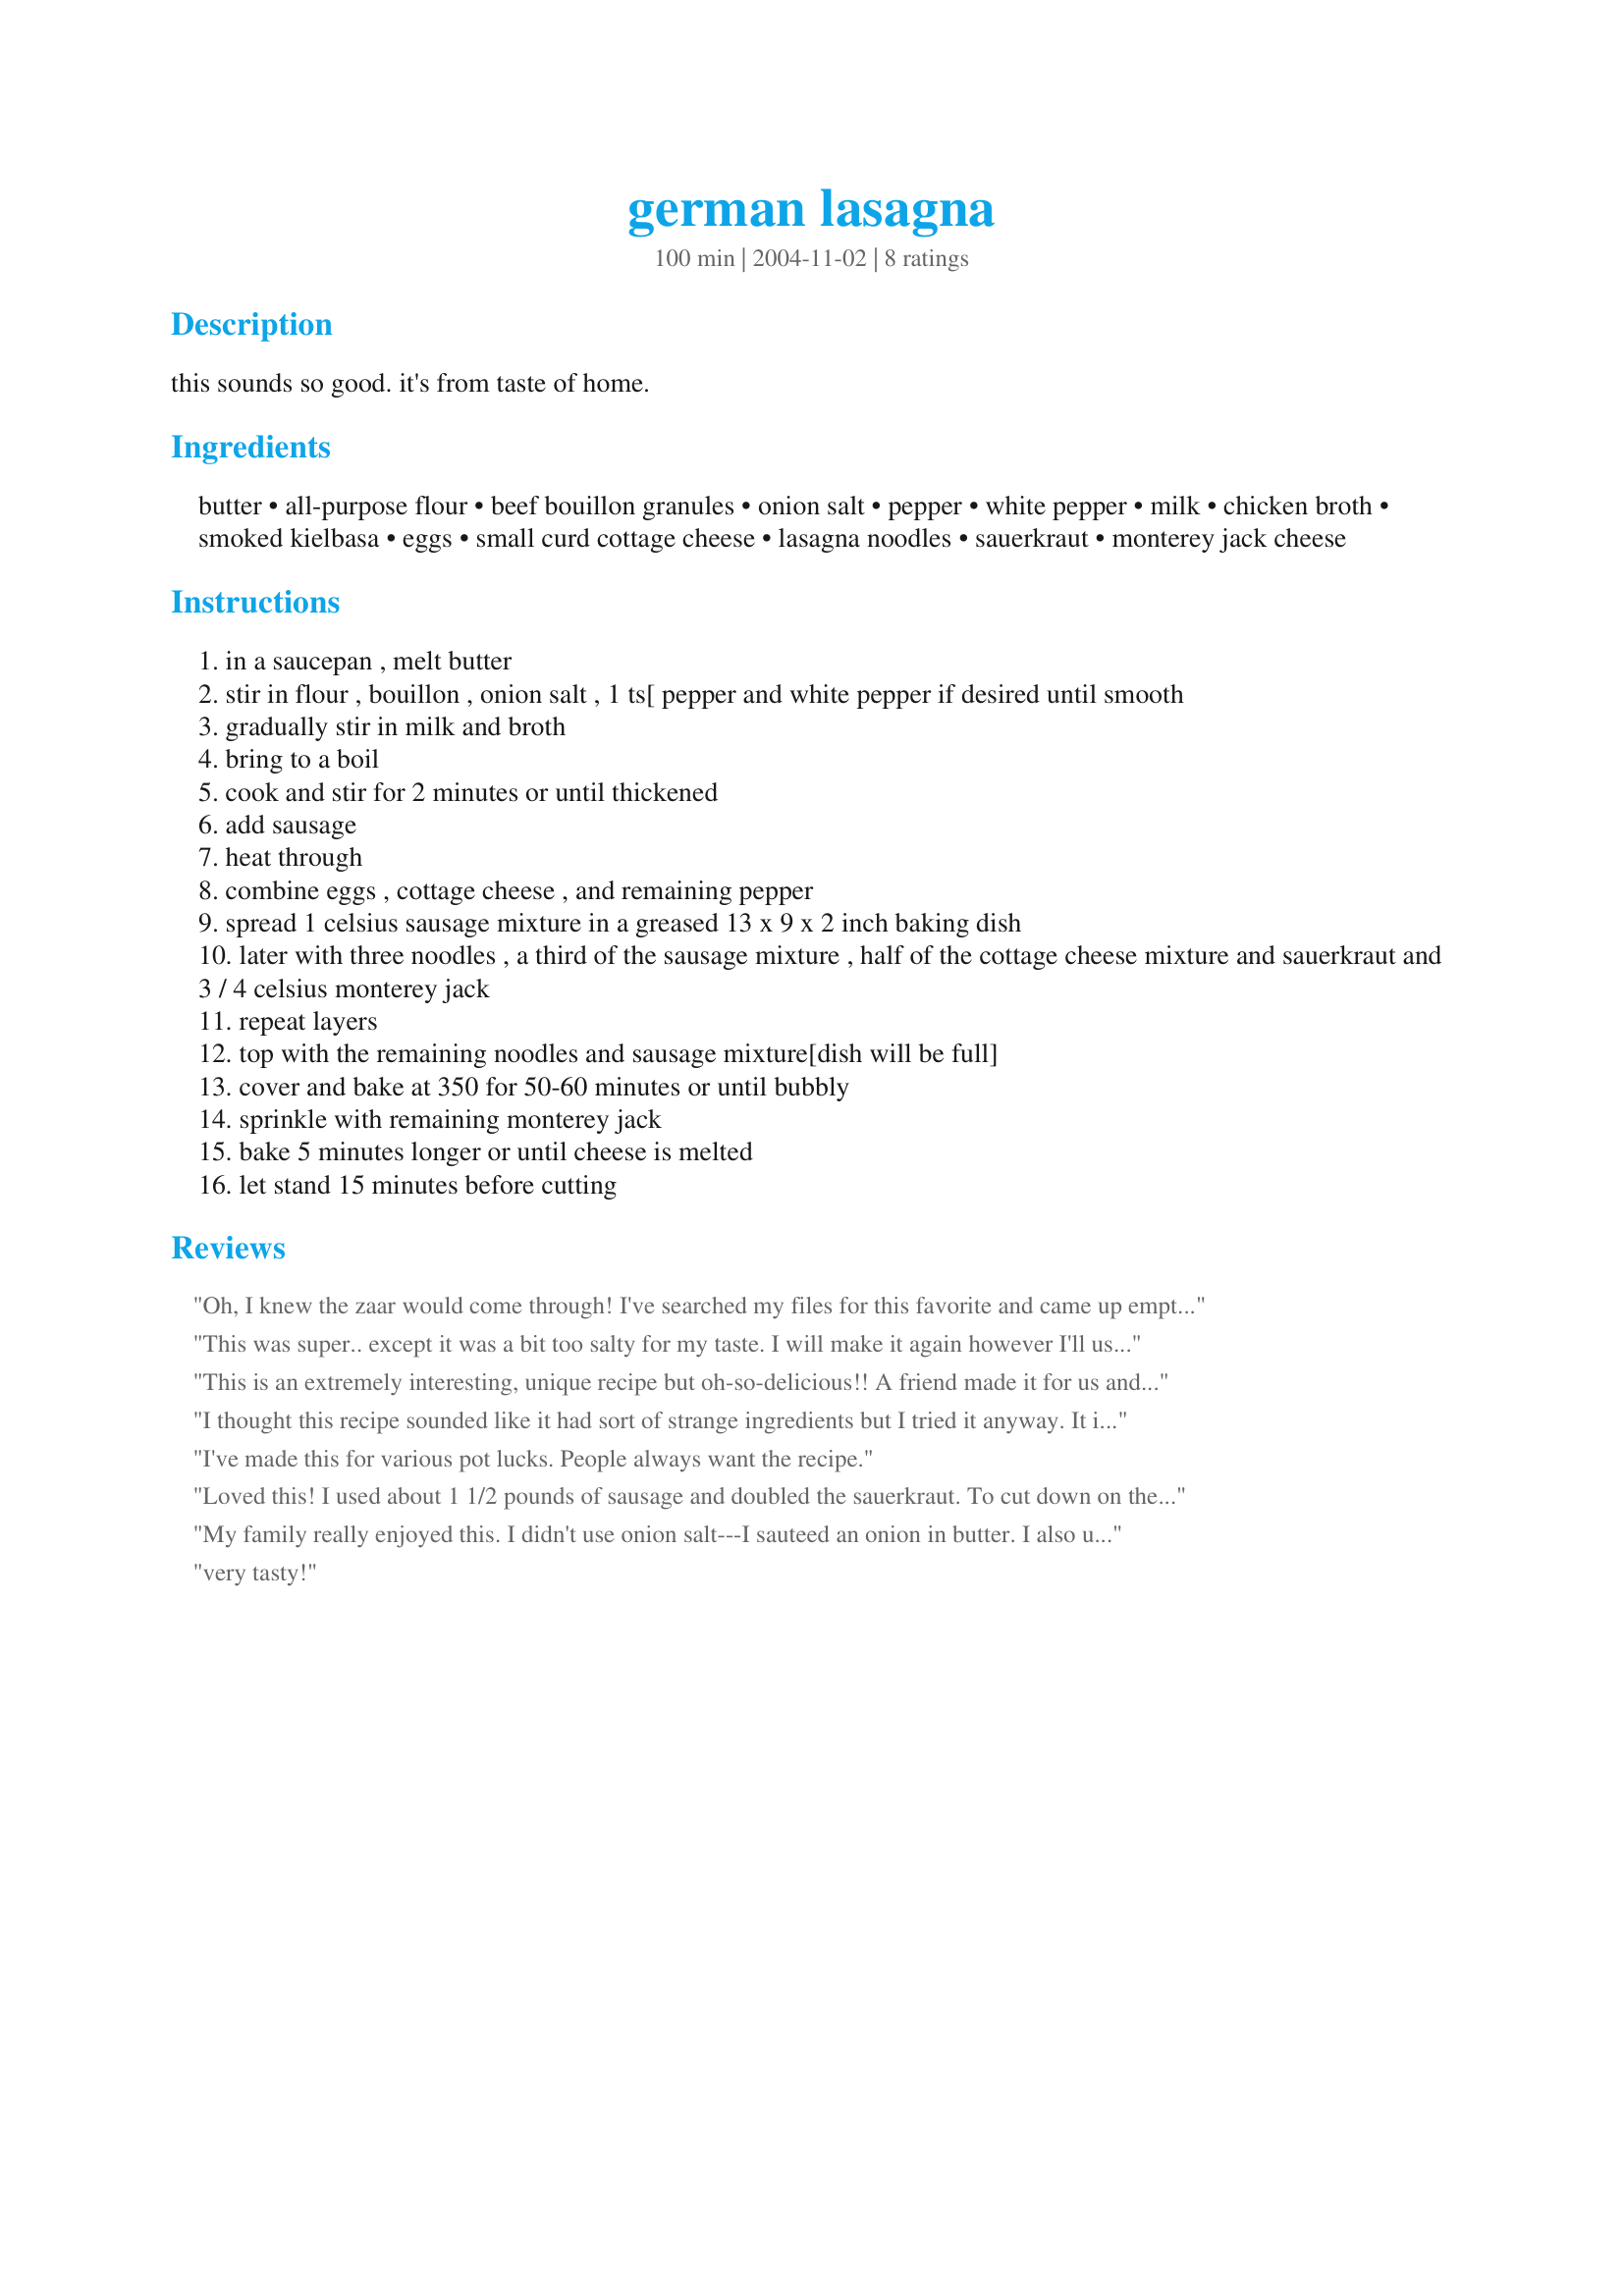
german lasagna
Preparation time: 100 minutes

this sounds so good. it's from taste of home.

Ingredients:
butter, all-purpose flour, beef bouillon granules, onion salt, pepper, white pepper, milk, chicken broth, smoked kielbasa, eggs, small curd cottage cheese, lasagna noodles, sauerkraut, monterey jack cheese

Steps:
in a saucepan , melt butter
stir in flour , bouillon , onion salt , 1 ts[ pepper and white pepper if desired until smooth
gradually stir in milk and broth
bring to a boil
cook and stir for 2 minutes or until thickened
add sausage
heat through
combine eggs , cottage cheese , and remaining pepper
spread 1 celsius sausage mixture in a greased 13 x 9 x 2 inch baking dish
later with three noodles , a third of the sausage mixture , half of the cottage cheese mixture and sauerkraut and 3 / 4 celsius monterey jack
repeat layers
top with the remaining noodles and sausage mixture[dish will be full]
cover and bake at 350 for 50-60 minutes or until bubbly
sprinkle with remaining monterey jack
bake 5 minutes longer or until cheese is melted
let stand 15 minutes before cutting

Reviews:
Oh, I knew the zaar would come through! I've searched my files for this favorite and came up empty handed. This is one of my husband's ALL-TIME favorites. A different twist and SOOO good! I sometimes substitute 1 lb. ground turkey seasoned with 1 tsp salt, 1/2 tsp thyme and sage, and a pinch of cayenne for the kielbasa.
Thanks for the recepie!! Oh, and use the "pre-cooked" lasagna noodles. Saves time!
This was super.. except it was a bit too salty for my taste. I will make it again however I'll use 1/2 or 1/4 of the onion salt suggested. Used a nice smoked bockworst sausage from Denningers. Made enough for about 6 people. Thanks!
This is an extremely interesting, unique recipe but oh-so-delicious!! A friend made it for us and I tricked my husband into trying a bite since he &quot;hates&quot; sauerkraut. He loved it and now I make it all the time. I am going to try it with sauteed cabbage, onion, and shredded carrot and see if that is just as good. I will try to post a review after that. Try this recipe - you won&#039;t be sorry!
I thought this recipe sounded like it had sort of strange ingredients but I tried it anyway. It is delicious! It also freezes well and reheats in the microwave. Very tasty
I've made this for various pot lucks. People always want the recipe.
Loved this! I used about 1 1/2 pounds of sausage and doubled the sauerkraut. To cut down on the saltiness, I used dried minced onion instead of onion salt and a low sodium chicken broth. You really need to get the sauerkraut as dry as you can; I put mine in a dish towel and squeezed the heck out of it. The boys thought Swiss cheese might be a better flavor, so we will try that next time.
My family really enjoyed this. I didn't use onion salt---I sauteed an onion in butter. I also used ricotta cheese instead of cottage cheese. This recipe is a keeper!!!
very tasty!
